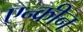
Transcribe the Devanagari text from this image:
एन्क्रीन